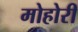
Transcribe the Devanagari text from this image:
मोहोरी